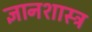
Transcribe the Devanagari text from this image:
ज्ञानशास्त्र